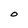
Character: O